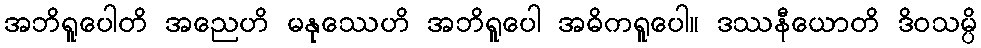
အဘိရူပေါတိ အညေဟိ မနုဿေဟိ အဘိရူပေါ အဓိကရူပေါ။ ဒဿနီယောတိ ဒိဝသမ္ပိ